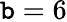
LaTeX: \mathtt{b}=6